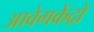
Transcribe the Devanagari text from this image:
आवेगकेंद्रों